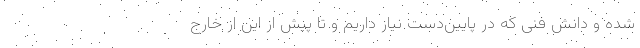
شده و دانش فنی که در پایین‌دست نیاز داریم و تا پیش از این از خارج